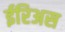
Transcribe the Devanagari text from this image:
ईरिअस